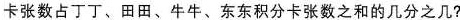
卡张数占丁丁、田田、牛牛、东东积分卡张数之和的几分之几?